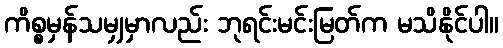
ကိစ္စမှန်သမျှမှာလည်း ဘုရင်းမင်းမြတ်က မသိနိုင်ပါ။